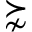
\succnsim